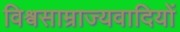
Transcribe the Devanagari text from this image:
विश्वसाम्राज्यवादियों